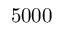
5 0 0 0